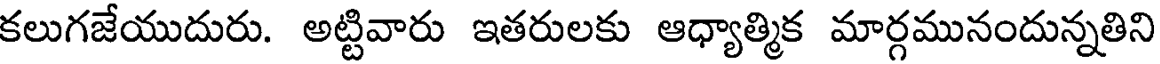
కలుగజేయుదురు. అట్టివారు ఇతరులకు ఆధ్యాత్మిక మార్గమునందున్నతిని